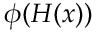
\phi ( H ( x ) )